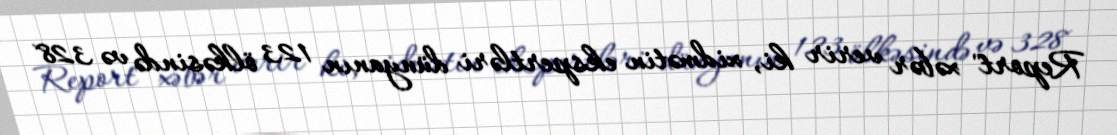
Report" xəbər verir ki, xidmətin ekspertləri dünyanın 123 ölkəsində və 328